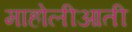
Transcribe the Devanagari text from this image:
माहोलीआती